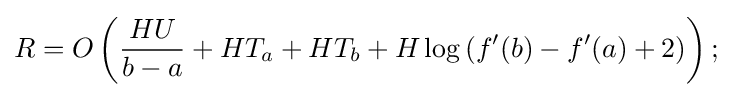
R=O\left({\frac {HU}{b-a}}+HT_{a}+HT_{b}+H\log \left(f'(b)-f'(a)+2\right)\right);